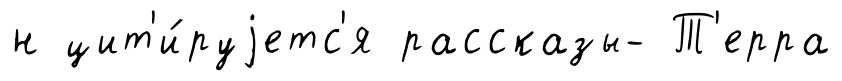
н цит'и́руjетс'я рассказы- Т'ерра